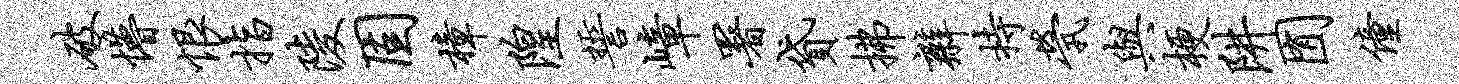
破懵恨指陵固樟隍誓嶂署贷拂辫持茕与梗阱囿僮